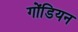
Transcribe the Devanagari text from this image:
गोंडियन